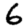
Digit: 6